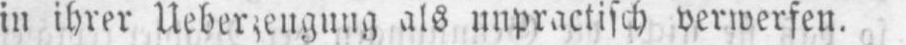
in ihrer Ueberzeugung als unpractisch verwerfen.